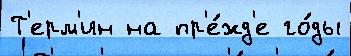
Т'ерм'ин на пр'е́жд'е го́ды